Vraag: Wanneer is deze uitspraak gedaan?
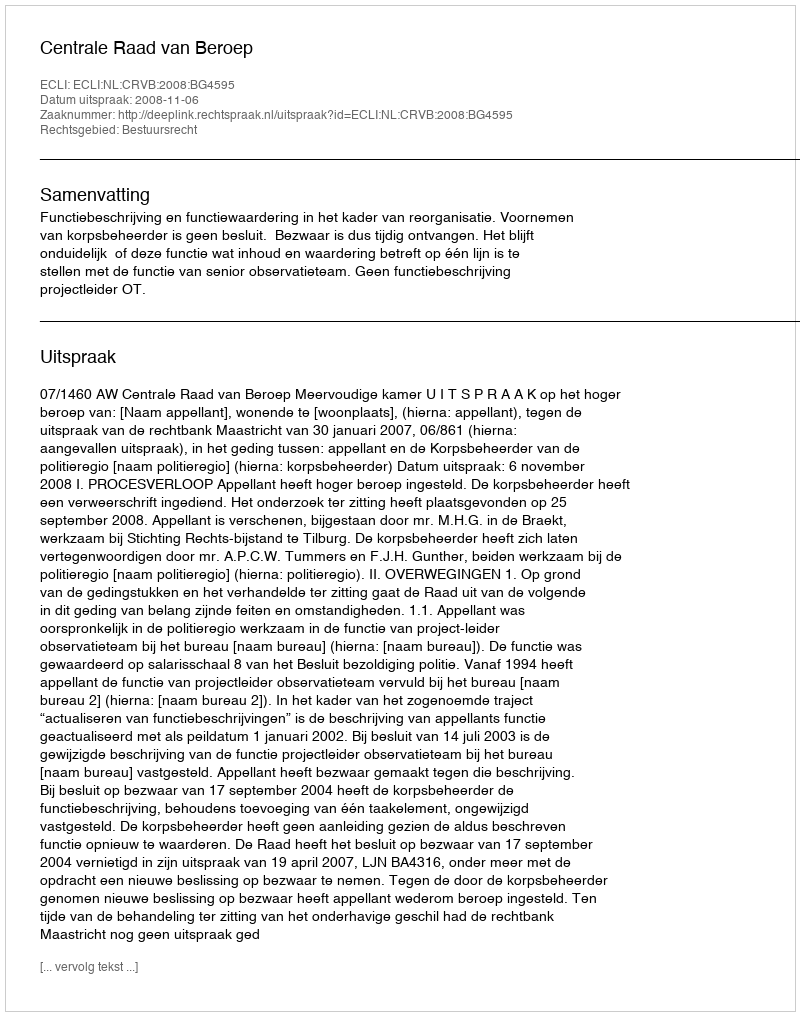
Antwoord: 2008-11-06